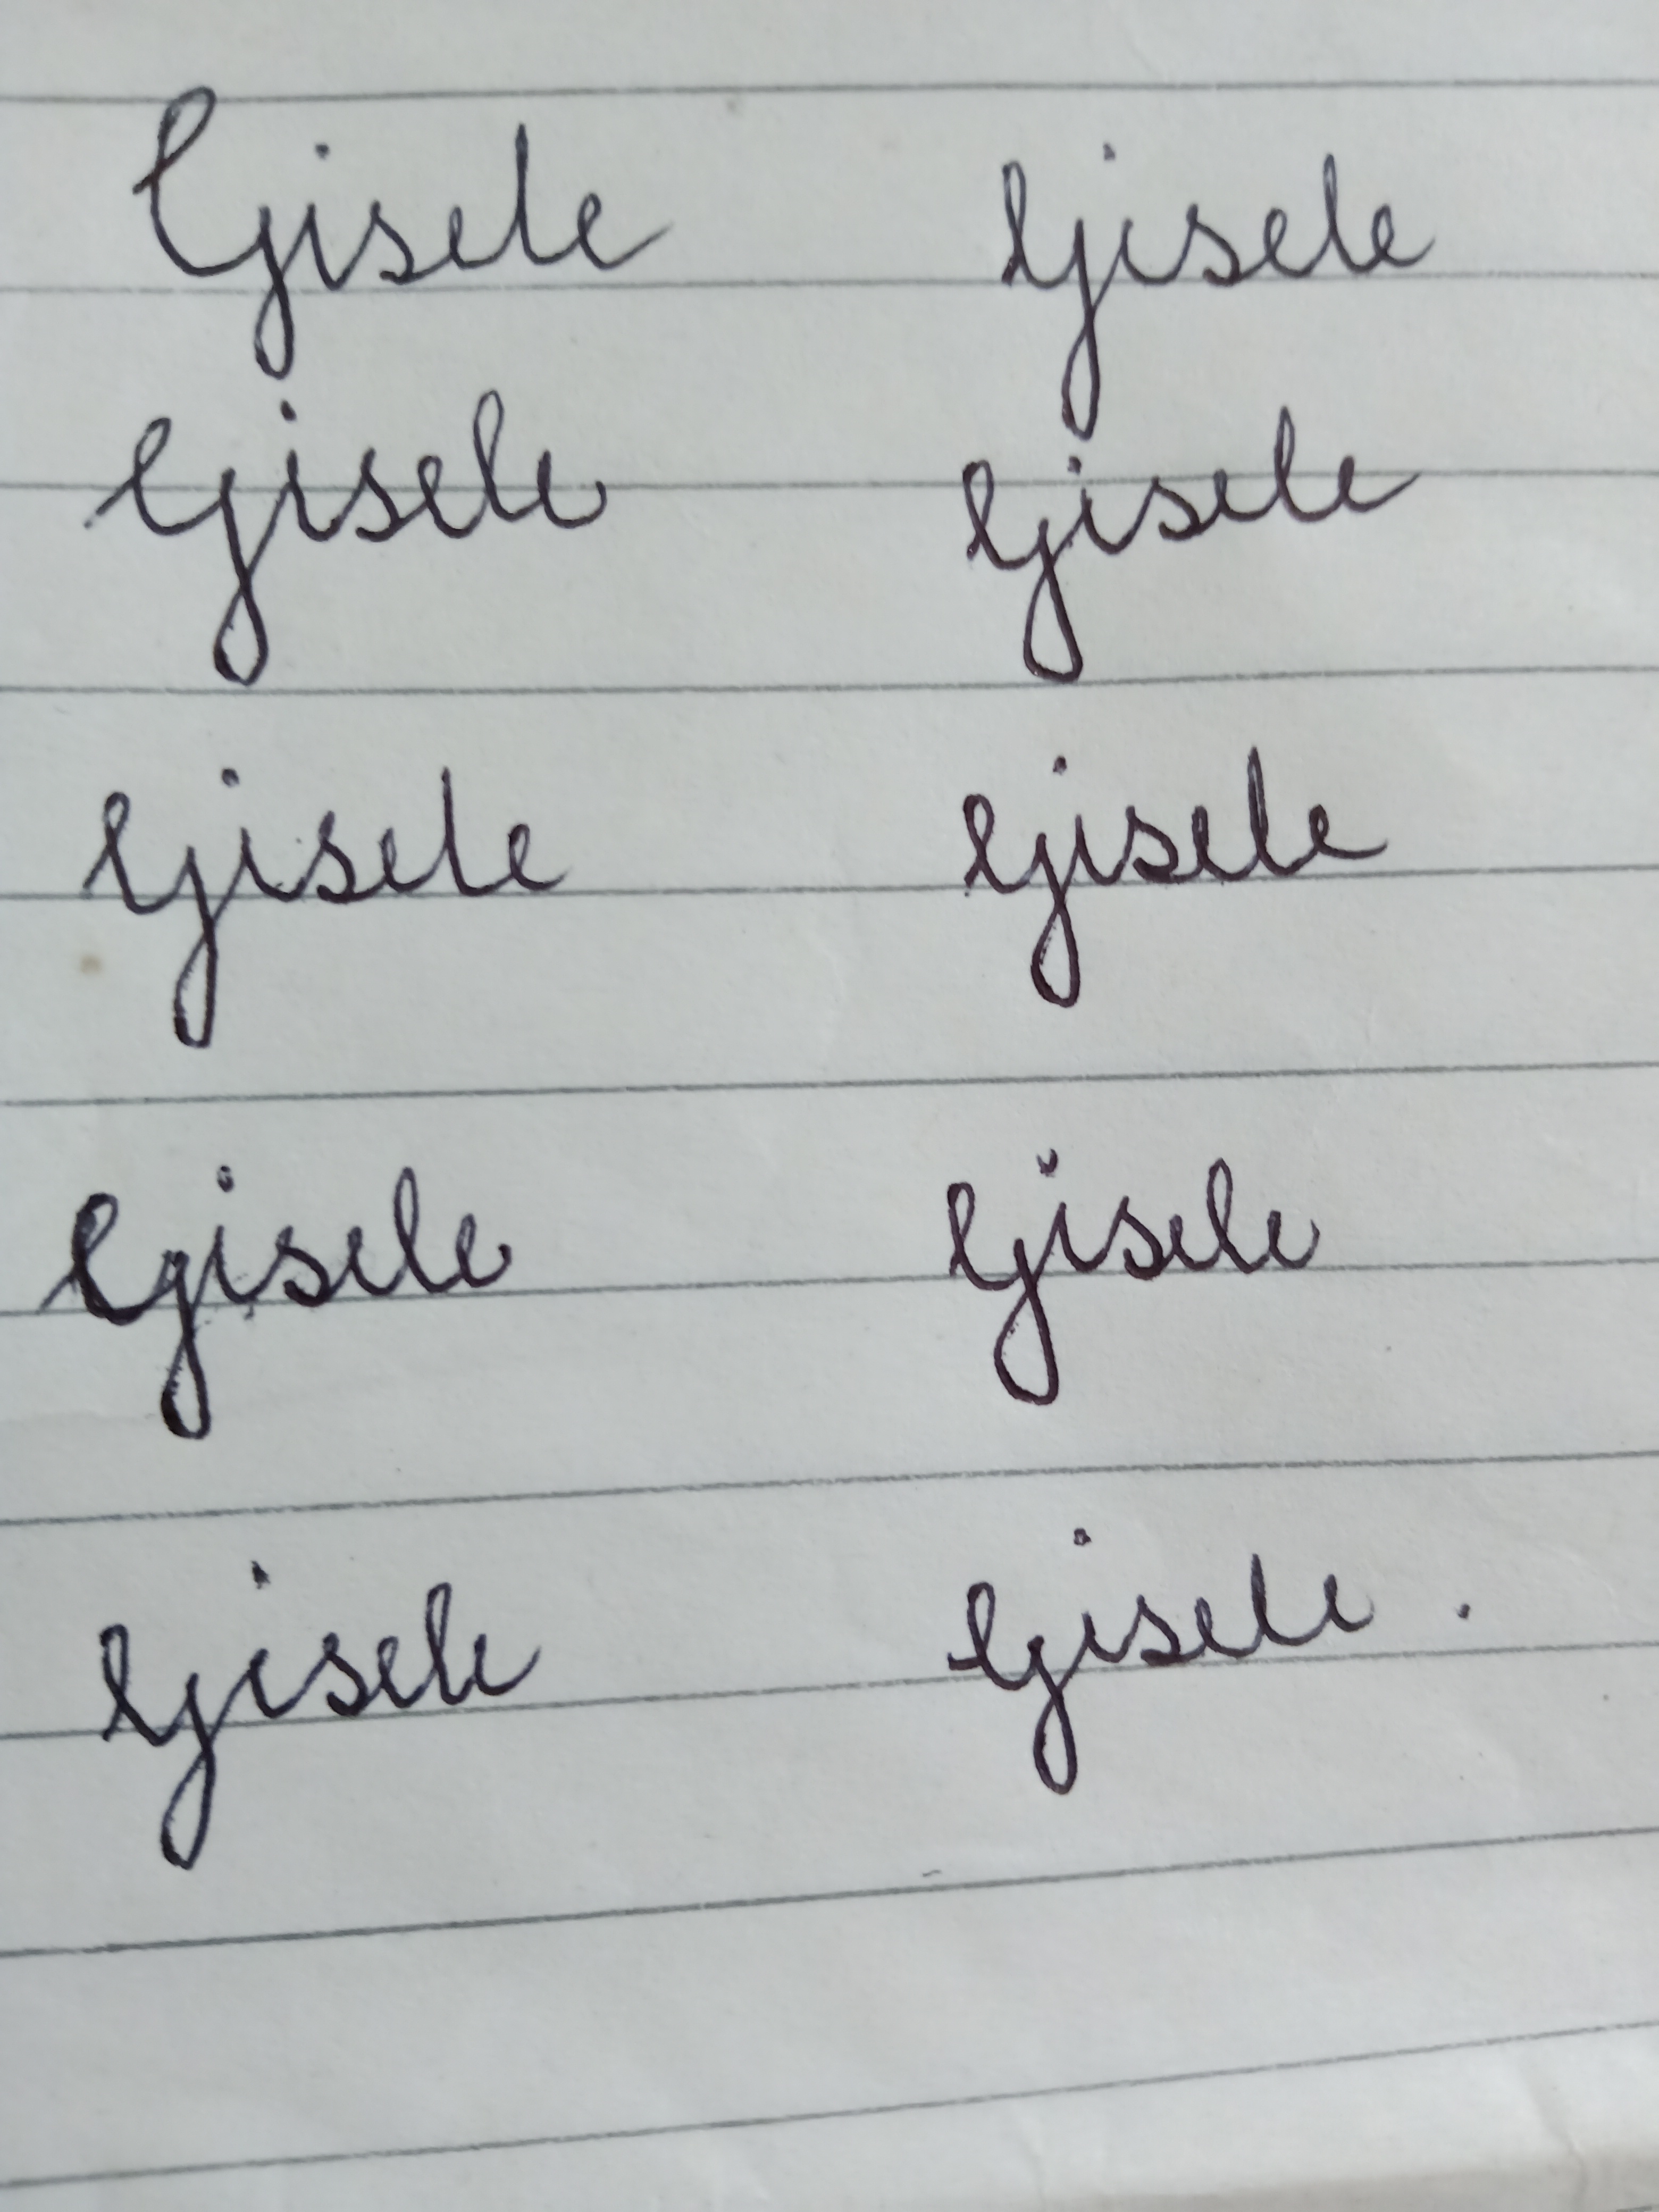
Signature authenticity: forged